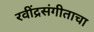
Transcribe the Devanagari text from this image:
रवींद्रसंगीताचा